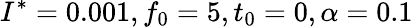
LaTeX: I^{*}=0.001,f_{0}=5,t_{0}=0,\alpha=0.1